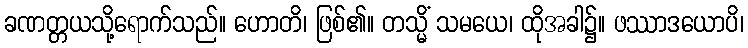
ခဏတ္တယသို့ရောက်သည်။ ဟောတိ၊ ဖြစ်၏။ တသ္မိံ သမယေ၊ ထိုအခါ၌။ ဖဿာဒယောပိ၊